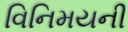
વિનિમયની